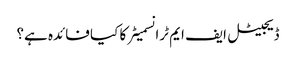
ڈیجیٹل ایف ایم ٹرانسمیٹر کا کیا فائدہ ہے؟